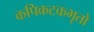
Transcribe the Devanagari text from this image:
कपिकटकभृतो